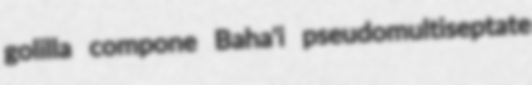
golilla compone Baha'i pseudomultiseptate